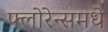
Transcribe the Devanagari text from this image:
फ्लोरेन्समधे